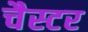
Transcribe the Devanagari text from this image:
चैस्टर